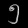
Digit: ၅